Indian Medical Review
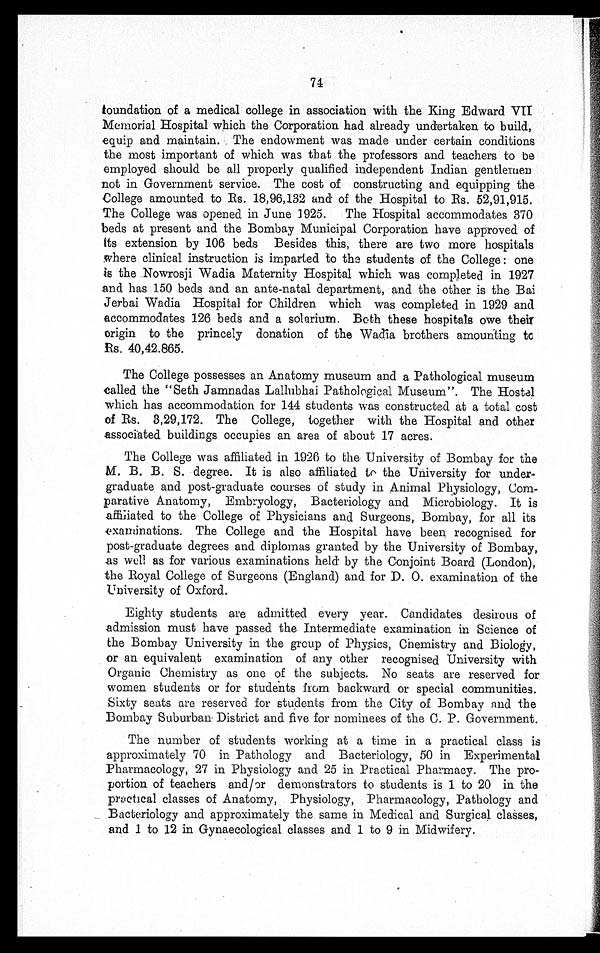
74
foundation of a medical college in association with the King Edward VII
Memorial Hospital which the Corporation had already undertaken to build,
equip and maintain. The endowment was made under certain conditions
the most important of which was that the professors and teachers to be
employed should be all properly qualified independent Indian gentlemen
not in Government service. The cost of constructing and equipping the
College amounted to Rs. 18,96,132 and of the Hospital to Rs. 52,91,915.
The College was opened in June 1925. The Hospital accommodates 370
beds at present and the Bombay Municipal Corporation have approved of
its extension by 106 beds Besides this, there are two more hospitals
where clinical instruction is imparted to the students of the College: one
is the Nowrosji Wadia Maternity Hospital which was completed in 1927
and has 150 beds and an ante-natal department, and the other is the Bai
Jerbai Wadia Hospital for Children which was completed in 1929 and
accommodates 126 beds and a solarium. Both these hospitals owe their
origin to the princely donation of the Wadia brothers amounting to
Rs. 40,42.865.
The College possesses an Anatomy museum and a Pathological museum
called the "Seth Jamnadas Lallubhai Pathological Museum". The Hostel
which has accommodation for 144 students was constructed at a total cost
of Rs. 3,29,172. The College, together with the Hospital and other
associated buildings occupies an area of about 17 acres.
The College was affiliated in 1926 to the University of Bombay for the
M. B. B. S. degree. It is also affiliated to the University for under-
graduate and post-graduate courses of study in Animal Physiology, Com-
parative Anatomy, Embryology, Bacteriology and Microbiology. It is
affiliated to the College of Physicians and Surgeons, Bombay, for all its
examinations. The College and the Hospital have been recognised for
post-graduate degrees and diplomas granted by the University of Bombay,
as well as for various examinations held by the Conjoint Board (London),
the Royal College of Surgeons (England) and for D. 0. examination of the
University of Oxford.
Eighty students are admitted every year. Candidates desirous of
admission must have passed the Intermediate examination in Science of
the Bombay University in the group of Physics, Chemistry and Biology,
or an equivalent examination of any other recognised University with
Organic Chemistry as one of the subjects. No seats are reserved for
women students or for students from backward or special communities.
Sixty seats are reserved for students from the City of Bombay and the
Bombay Suburban District and five for nominees of the C. P. Government.
The number of students working at a time in a practical class is
approximately 70 in Pathology and Bacteriology, 50 in Experimental
pharmacology, 27 in Physiology and 25 in Practical Pharmacy. The pro-
portion of teachers and/or demonstrators to students is 1 to 20 in the
practical classes of Anatomy, Physiology, Pharmacology, Pathology and
Bacteriology and approximately the same in Medical and Surgical classes,
and 1. to 12 in Gynaecological classes and 1 to 9 in Midwifery.